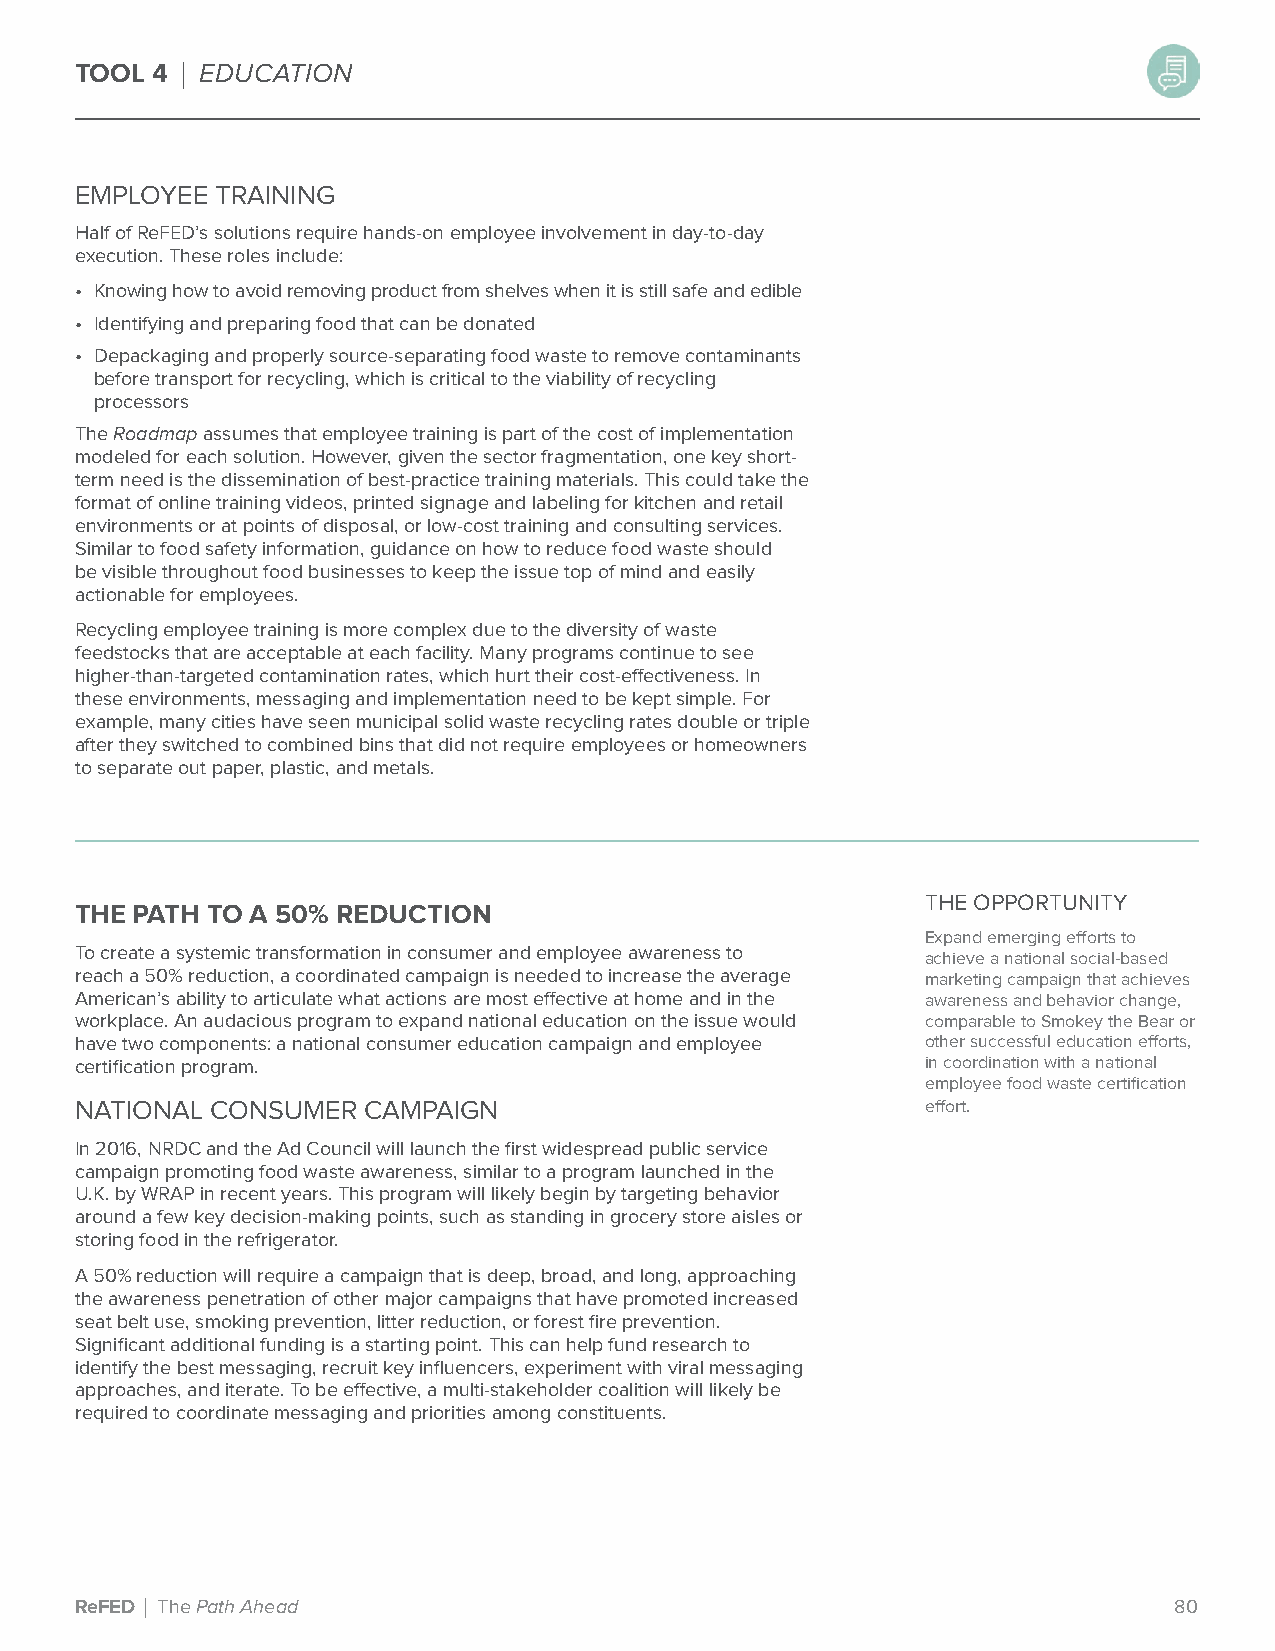
TOOL 4 | EDUCATION
 EMPLOYEE TRAINING
 Half of ReFED’s solutions require hands-on employee involvement in day-to-day
 execution. These roles include:
 • Knowing how to avoid removing product from shelves when it is still safe and edible
 • Identifying and preparing food that can be donated
 • Depackaging and properly source-separating food waste to remove contaminants
 before transport for recycling, which is critical to the viability of recycling
 processors
 The Roadmap assumes that employee training is part of the cost of implementation
 modeled for each solution. However, given the sector fragmentation, one key short-
 term need is the dissemination of best-practice training materials. This could take the
 format of online training videos, printed signage and labeling for kitchen and retail
 environments or at points of disposal, or low-cost training and consulting services.
 Similar to food safety information, guidance on how to reduce food waste should
 be visible throughout food businesses to keep the issue top of mind and easily
 actionable for employees.
 Recycling employee training is more complex due to the diversity of waste
 feedstocks that are acceptable at each facility. Many programs continue to see
 higher-than-targeted contamination rates, which hurt their cost-effectiveness. In
 these environments, messaging and implementation need to be kept simple. For
 example, many cities have seen municipal solid waste recycling rates double or triple
 after they switched to combined bins that did not require employees or homeowners
 to separate out paper, plastic, and metals.
 THE OPPORTUNITY
 THE PATH TO A 50% REDUCTION
 Expand emerging efforts to
 To create a systemic transformation in consumer and employee awareness to
 achieve a national social-based
 reach a 50% reduction, a coordinated campaign is needed to increase the average marketing campaign that achieves
 American’s ability to articulate what actions are most effective at home and in the awareness and behavior change,
 workplace. An audacious program to expand national education on the issue would comparable to Smokey the Bear or
 have two components: a national consumer education campaign and employee other successful education efforts,
 certification program.                                  in coordination with a national
 employee food waste certification
 NATIONAL CONSUMER  CAMPAIGN                             effort.
 In 2016, NRDC and the Ad Council will launch the first widespread public service
 campaign promoting food waste awareness, similar to a program launched in the
 U.K. by WRAP in recent years. This program will likely begin by targeting behavior
 around a few key decision-making points, such as standing in grocery store aisles or
 storing food in the refrigerator.
 A 50% reduction will require a campaign that is deep, broad, and long, approaching
 the awareness penetration of other major campaigns that have promoted increased
 seat belt use, smoking prevention, litter reduction, or forest fire prevention.
 Significant additional funding is a starting point. This can help fund research to
 identify the best messaging, recruit key influencers, experiment with viral messaging
 approaches, and iterate. To be effective, a multi-stakeholder coalition will likely be
 required to coordinate messaging and priorities among constituents.
 ReFED | The Path Ahead                                                   80